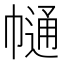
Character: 𢄟